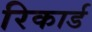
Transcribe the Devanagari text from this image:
रिकार्ड